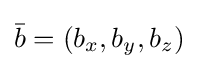
{\bar {b}}=(b_{x},b_{y},b_{z})